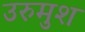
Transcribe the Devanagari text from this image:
उरुमुश